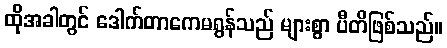
ထိုအခါတွင် ဒေါက်တာကေမရွန်သည် များစွာ ပီတိဖြစ်သည်။